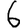
Digit: 6